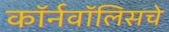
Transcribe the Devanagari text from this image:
कॉर्नवॉलिसचे